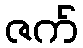
ဇက်